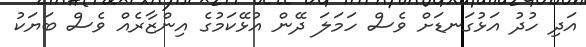
އަދި ހުދު އަޅުގަނޑަށް ވެސް ހަމަލަ ދޭން އުޅޭކަމުގެ އިންޒާރެއް ވެސް ބަޔަކު